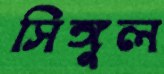
সিঙ্গুল